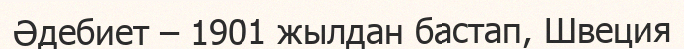
Әдебиет – 1901 жылдан бастап, Швеция